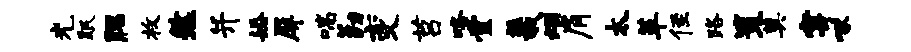
光眠腮枚然并婚屏喘勤变莒咯堂羲烟肩太革侄路策奠穿啄